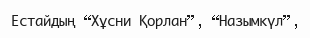
Естайдың “Хұсни Қорлан”, “Назымкүл”,